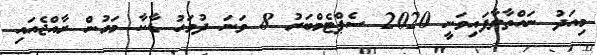
މިއަދު ނައްތާލާފައިވަނީ 2020 ސެޕްޓެމްބަރު 8 ވަނަ ދުވަހު ޑާކާ މަގުން ރާއްޖެއައި